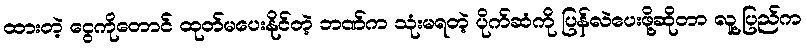
ထားတဲ့ ငွေကိုတောင် ထုတ်မပေးနိုင်တဲ့ ဘဏ်က သုံးမရတဲ့ ပိုက်ဆံကို ပြန်လဲပေးဖို့ဆိုတာ လူ့ပြည်က